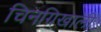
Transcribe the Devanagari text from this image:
चिनग्रिखाली